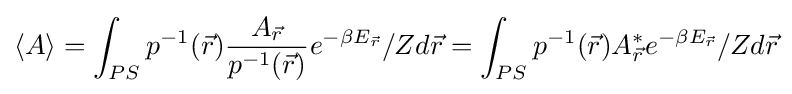
\langle A\rangle =\int _{PS}p^{-1}({\vec {r}}){\frac {A_{\vec {r}}}{p^{-1}({\vec {r}})}}e^{-\beta E_{\vec {r}}}/Zd{\vec {r}}=\int _{PS}p^{-1}({\vec {r}})A_{\vec {r}}^{*}e^{-\beta E_{\vec {r}}}/Zd{\vec {r}}